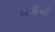
ધરીની